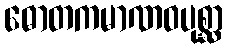
ဓောတကမာဏဝပုစ္ဆာ